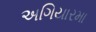
અગિયારમા